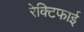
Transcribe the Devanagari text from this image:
रेक्टिफाई